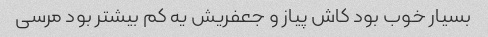
بسیار خوب بود کاش پیاز و جعفریش یه کم بیشتر بود مرسی